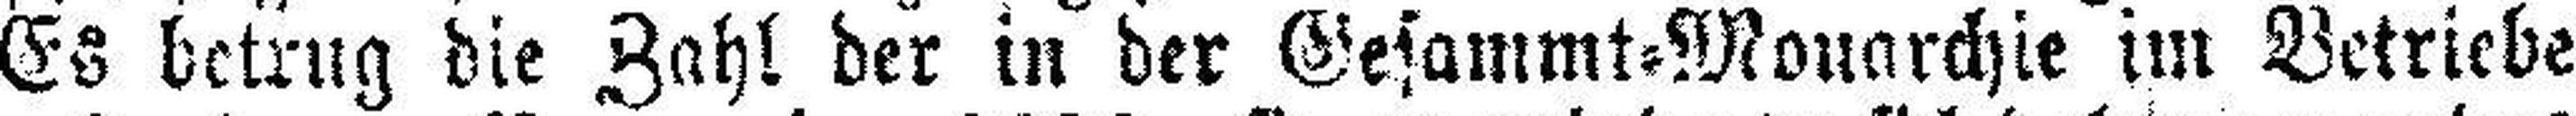
Es betrug die Zahl der in der Gesammt=Monarchie im Betriebe